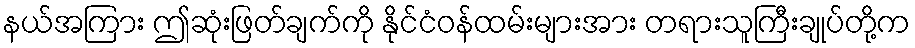
နယ်အကြား ဤဆုံးဖြတ်ချက်ကို နိုင်ငံဝန်ထမ်းများအား တရားသူကြီးချုပ်တို့က